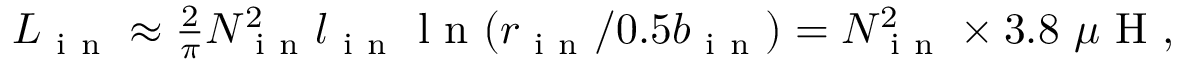
\begin{array} { r } { L _ { \mathrm { ~ i ~ n ~ } } \approx \frac { 2 } { \pi } N _ { \mathrm { ~ i ~ n ~ } } ^ { 2 } l _ { \mathrm { ~ i ~ n ~ } } \mathrm { ~ l ~ n ~ } ( r _ { \mathrm { ~ i ~ n ~ } } / 0 . 5 b _ { \mathrm { ~ i ~ n ~ } } ) = N _ { \mathrm { ~ i ~ n ~ } } ^ { 2 } \times 3 . 8 ~ \mu \mathrm { ~ H ~ } , } \end{array}